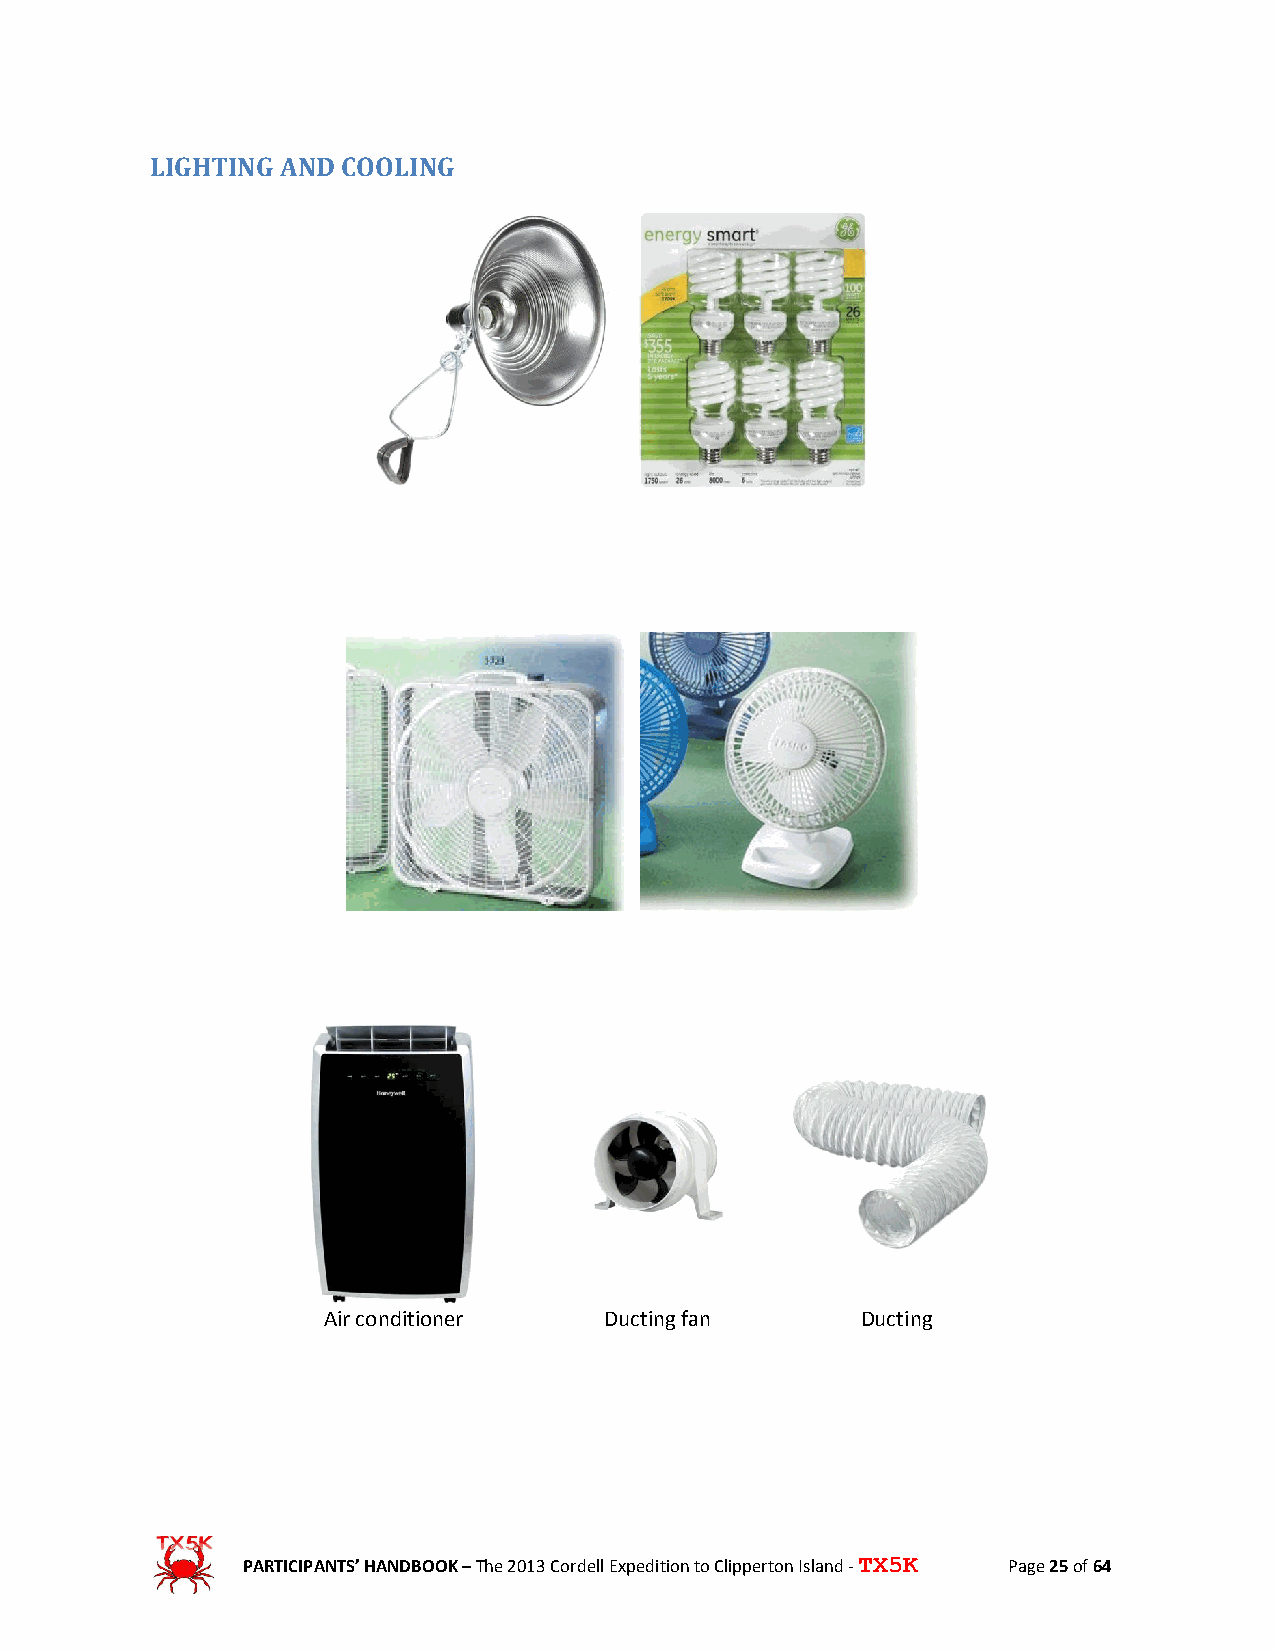
LIGHTING AND COOLING
 Air conditioner    Ducting fan      Ducting
 PARTICIPANTS’ HANDBOOK – The 2013 Cordell Expedition to Clipperton Island - TX5K Page 25 of 64